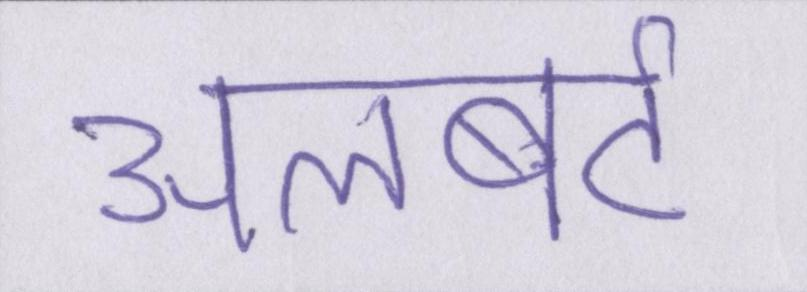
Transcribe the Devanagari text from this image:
अलबर्ट